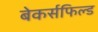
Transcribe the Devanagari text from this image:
बेकर्सफिल्ड